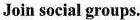
Join social groups.